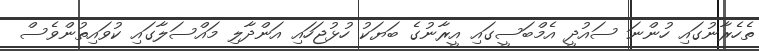
ތެހެރާނުގައި ހުންނަ ސައުދީ އެމްބަސީގައި އީރާނުގެ ބަޔަކު ހުޅުޖަހައި އަންދާލި މައްސަލާގައި ކުވައިތުންވެސް